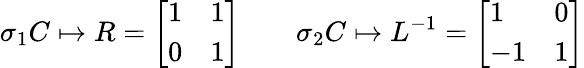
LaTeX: \sigma_{1}C\mapsto R={\left[\begin{array}{ll}{1}&{1}\\ {0}&{1}\end{array}\right]}\qquad\sigma_{2}C\mapsto L^{-1}={\left[\begin{array}{ll}{1}&{0}\\ {-1}&{1}\end{array}\right]}